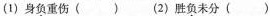
(1)身\underset{·}{负}重伤( ) (2)胜\underset{·}{负}未分( )